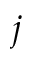
j